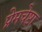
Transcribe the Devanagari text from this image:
प्रेमचेष्टा